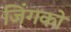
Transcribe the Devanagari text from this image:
जिंगको